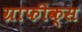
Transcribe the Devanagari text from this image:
ग्राफीक्स